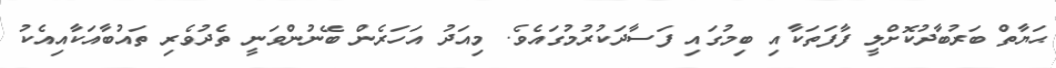
ޙަޔާތް ބަރުބާދުކޮށްލީ ފާފަތަކާއި ބިމުގައި ފަސާދަކުރުމުގައެވެ. މިއަދު އަހަރެން ބޭނުންވަނީ ތެދުވެރި ތައުބާއަކާއިއެކު